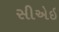
સીએઇ